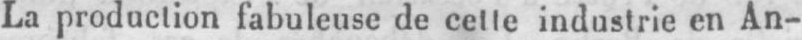
La production fabuleuse de cette industrie en An-